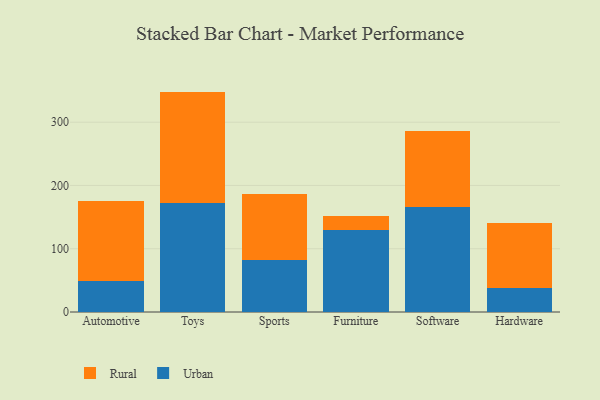
{"axis": {"x": "Category", "y": "Energy Usage (MWh)"}, "legend": ["Rural", "Urban"], "data": [{"x": "Automotive", "y": 49.0, "type": "Urban"}, {"x": "Automotive", "y": 127.0, "type": "Rural"}, {"x": "Toys", "y": 171.7, "type": "Urban"}, {"x": "Toys", "y": 176.7, "type": "Rural"}, {"x": "Sports", "y": 81.6, "type": "Urban"}, {"x": "Sports", "y": 105.5, "type": "Rural"}, {"x": "Furniture", "y": 129.0, "type": "Urban"}, {"x": "Furniture", "y": 23.4, "type": "Rural"}, {"x": "Software", "y": 166.3, "type": "Urban"}, {"x": "Software", "y": 119.5, "type": "Rural"}, {"x": "Hardware", "y": 38.0, "type": "Urban"}, {"x": "Hardware", "y": 102.0, "type": "Rural"}]}